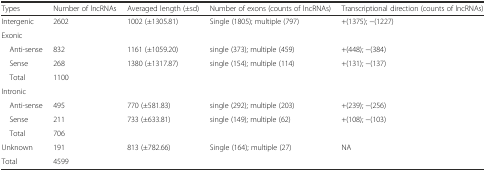
| Types | Number of lncRNAs | Averaged length (±sd) | Number of exons (counts of lncRNAs) | Transcriptional direction (counts of lncRNAs) |
 | --- | --- | --- | --- | --- |
 | Intergenic | 2602 | 1002 (±1305.81) | Single (1805); multiple (797) | +(1375); −(1227) |
 | <COLSPAN=5> Exonic |
 | Anti-sense | 832 | 1161 (±1059.20) | single (373); multiple (459) | +(448); −(384) |
 | Sense | 268 | 1380 (±1317.87) | single (154); multiple (114) | +(131); −(137) |
 | Total | 1100 |  |  |  |
 | <COLSPAN=5> Intronic |
 | Anti-sense | 495 | 770 (±581.83) | single (292); multiple (203) | +(239); −(256) |
 | Sense | 211 | 733 (±633.81) | single (149); multiple (62) | +(108); −(103) |
 | Total | 706 |  |  |  |
 | Unknown | 191 | 813 (±782.66) | Single (164); multiple (27) | NA |
 | Total | 4599 |  |  |  |